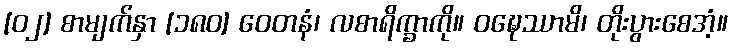
[၀၂] စာမျက်နှာ [၁၈၀] ဝေတနံ၊ လစာရိက္ခာကို။ ဝဍ္ဎေဿာမိ၊ တိုးပွားစေအံ့။